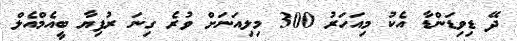
ދޭ ޑިވިޑަންޑާ އެކު މިއަހަރު 300 މިލިއަނަށް ވުރެ ގިނަ ރުފިޔާ ބީއެމްއެލް